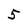
Character: 5